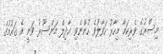
މިސްރުގެ ވެރިކަމާ މިހާރު ހަވާލުވެ ހުންނެވި އާދިލް މަންސޫރު ވަނީ އެ ގައުމުގެ